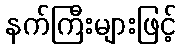
နက်ကြီးများဖြင့်